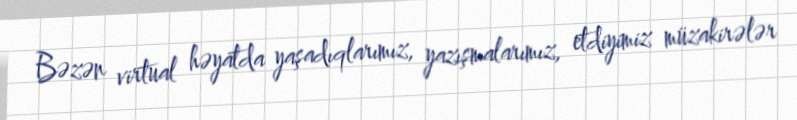
Bəzən virtual həyatda yaşadıqlarımız, yazışmalarımız, etdiyimiz müzakirələr